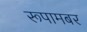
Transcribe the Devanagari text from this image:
रूपामबर